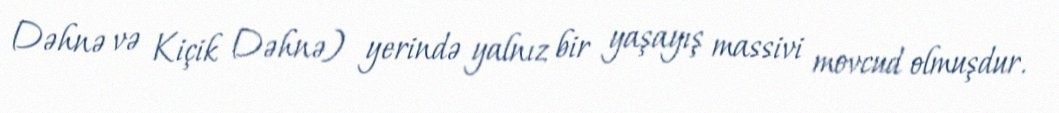
Dəhnə və Kiçik Dəhnə) yerində yalnız bir yaşayış massivi movcud olmuşdur.